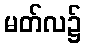
မတ်လ၌